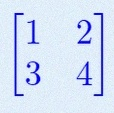
\begin{bmatrix}1&2\\3&4\end{bmatrix}